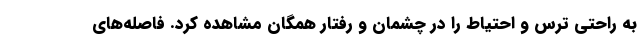
به راحتی ترس و احتیاط را در چشمان و رفتار همگان مشاهده کرد. فاصله‌های